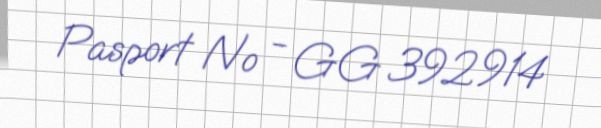
Pasport № - GG 392914